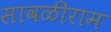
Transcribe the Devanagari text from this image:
सावळीराम